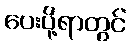
ပေးပို့ရာတွင်